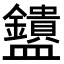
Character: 𬑄